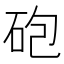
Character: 砲